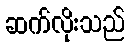
ဆက်လိုးသည်